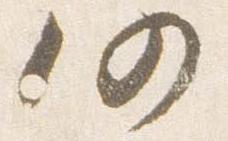
仍